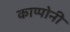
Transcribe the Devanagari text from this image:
काप्पोनी